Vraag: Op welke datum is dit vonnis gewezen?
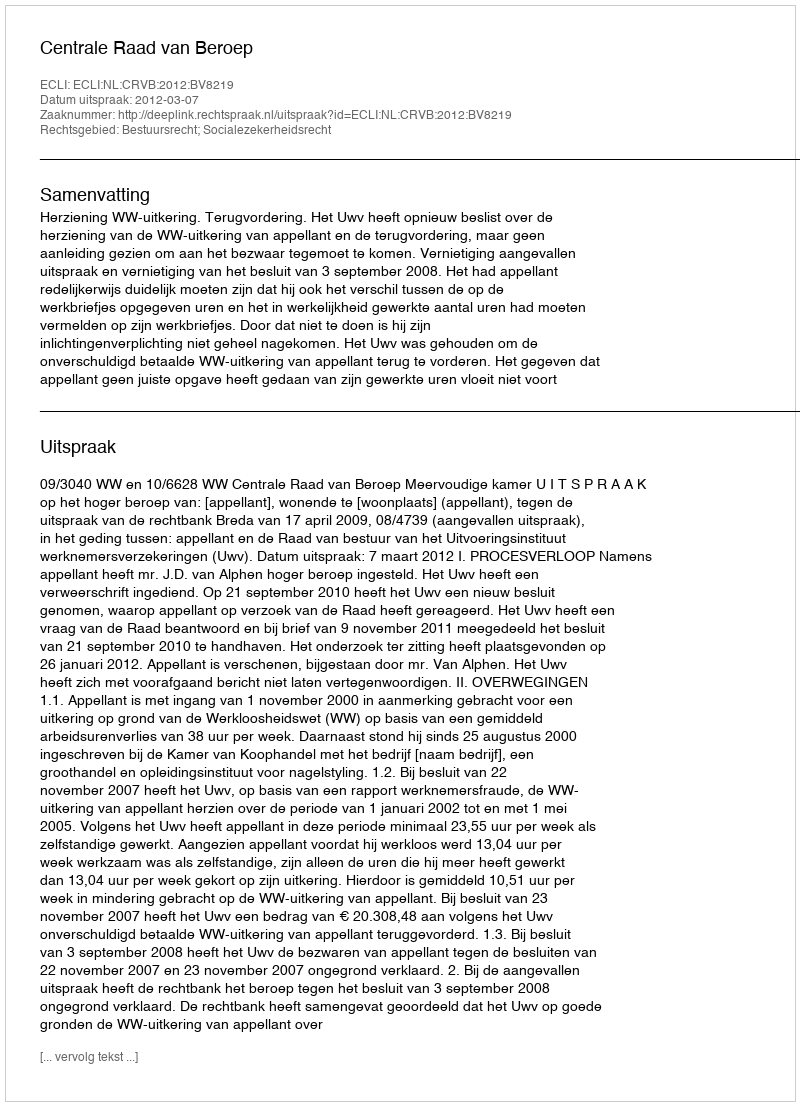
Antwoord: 2012-03-07